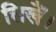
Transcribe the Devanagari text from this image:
सिखैं।